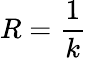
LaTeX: R=\frac{1}{k}